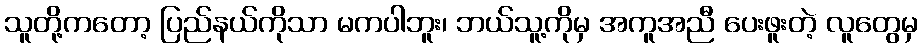
သူတို့ကတော့ ပြည်နယ်ကိုသာ မကပါဘူး၊ ဘယ်သူ့ကိုမှ အကူအညီ ပေးဖူးတဲ့ လူတွေမှ